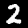
Label: 2